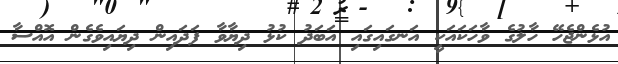
އުޅެންޖެހޭ ހާލުގެ ވާހަކައަކީ އަނގައިގައި އަބަދު ކުޅު ދިޔާވާ ފަދައިން ދިޔައިވެގެން އޮއްސާ